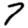
Digit: 7